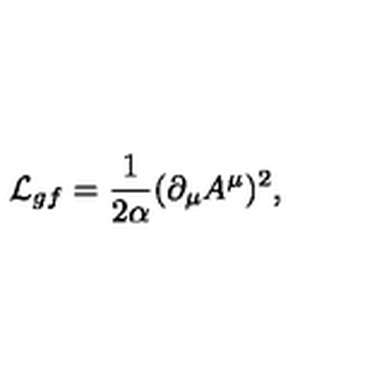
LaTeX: { \cal L } _ { g f } = { \frac { 1 } { 2 \alpha } } ( \partial _ { \mu } A ^ { \mu } ) ^ { 2 } ,